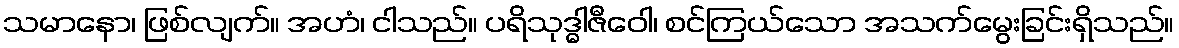
သမာနော၊ ဖြစ်လျက်။ အဟံ၊ ငါသည်။ ပရိသုဒ္ဓါဇီဝေါ၊ စင်ကြယ်သော အသက်မွေးခြင်းရှိသည်။